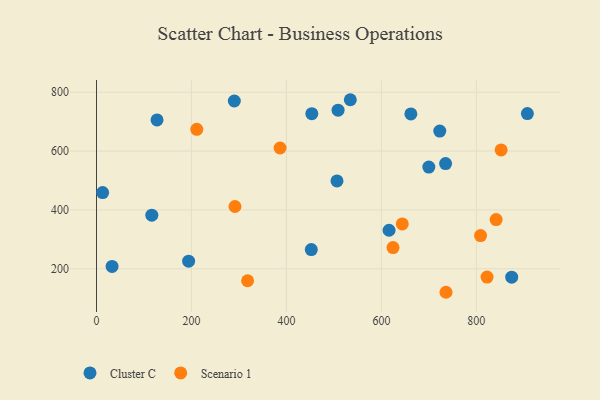
{"axis": {"x": "Investment", "y": "Fuel Efficiency"}, "legend": ["Cluster C", "Scenario 1"], "data": [{"x": "290.3", "y": 770.1, "type": "Cluster C"}, {"x": "12.9", "y": 458.9, "type": "Cluster C"}, {"x": "534.6", "y": 774.5, "type": "Cluster C"}, {"x": "453.5", "y": 727.2, "type": "Cluster C"}, {"x": "116.5", "y": 382.3, "type": "Cluster C"}, {"x": "127.5", "y": 705.7, "type": "Cluster C"}, {"x": "723.0", "y": 668.1, "type": "Cluster C"}, {"x": "616.2", "y": 330.9, "type": "Cluster C"}, {"x": "907.5", "y": 727.5, "type": "Cluster C"}, {"x": "662.1", "y": 726.3, "type": "Cluster C"}, {"x": "699.9", "y": 545.7, "type": "Cluster C"}, {"x": "506.5", "y": 498.7, "type": "Cluster C"}, {"x": "874.5", "y": 171.4, "type": "Cluster C"}, {"x": "508.8", "y": 738.9, "type": "Cluster C"}, {"x": "735.2", "y": 557.6, "type": "Cluster C"}, {"x": "32.8", "y": 208.2, "type": "Cluster C"}, {"x": "452.4", "y": 265.4, "type": "Cluster C"}, {"x": "194.0", "y": 225.9, "type": "Cluster C"}, {"x": "841.7", "y": 367.1, "type": "Scenario 1"}, {"x": "291.6", "y": 411.7, "type": "Scenario 1"}, {"x": "644.0", "y": 352.3, "type": "Scenario 1"}, {"x": "211.2", "y": 673.8, "type": "Scenario 1"}, {"x": "808.9", "y": 313.0, "type": "Scenario 1"}, {"x": "736.1", "y": 120.2, "type": "Scenario 1"}, {"x": "318.2", "y": 159.4, "type": "Scenario 1"}, {"x": "624.5", "y": 272.2, "type": "Scenario 1"}, {"x": "386.6", "y": 610.5, "type": "Scenario 1"}, {"x": "822.6", "y": 171.7, "type": "Scenario 1"}, {"x": "852.2", "y": 603.8, "type": "Scenario 1"}]}